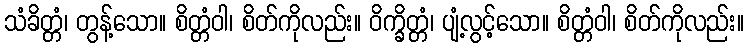
သံခိတ္တံ၊ တွန့်သော။ စိတ္တံဝါ၊ စိတ်ကိုလည်း။ ဝိက္ခိတ္တံ၊ ပျံ့လွင့်သော။ စိတ္တံဝါ၊ စိတ်ကိုလည်း။